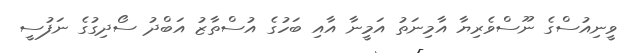
ވީނިއުސްގެ ނޫސްވެރިޔާ އާމިނަތު އަމީނާ އާއި ބަހުގެ އުސްތާޒު އަބްދު ސޯދިގުގެ ނަފުސީ